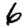
Digit: 6